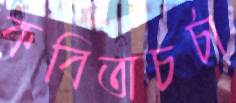
কবিতাচর্চা